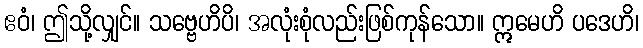
ဧဝံ၊ ဤသို့လျှင်။ သဗ္ဗေဟိပိ၊ အလုံးစုံလည်းဖြစ်ကုန်သော။ ဣမေဟိ ပဒေဟိ၊